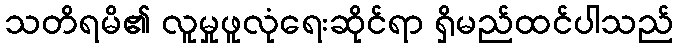
သတိရမိ၏ လူမှုဖူလုံရေးဆိုင်ရာ ရှိမည်ထင်ပါသည်